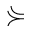
\curlyeqsucc